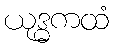
ယုဒ္ဓကထံ